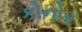
કોનોર